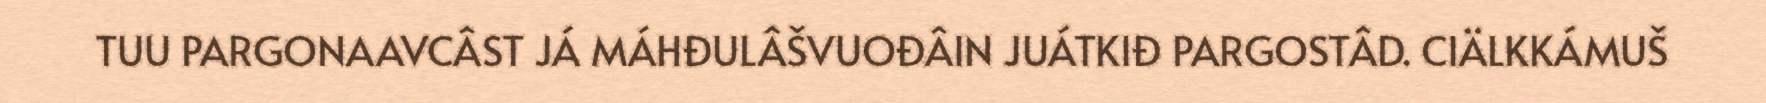
TUU PARGONAAVCÂST JÁ MÁHĐULÂŠVUOĐÂIN JUÁTKIĐ PARGOSTÂD. CIÄLKKÁMUŠ